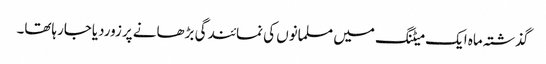
گذشتہ ماہ ایک میٹنگ میں مسلمانوں کی نمائندگی بڑھانے پرزوردیاجارہاتھا۔